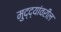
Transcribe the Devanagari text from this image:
मुद्द्यांवरील